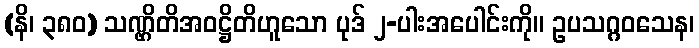
(နိ၊ ၃၈၀) သဏ္ဌိတိအဝဋ္ဌိတိဟူသော ပုဒ် ၂-ပါးအပေါင်းကို။ ဥပသဂ္ဂဝသေန၊